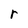
Character: r